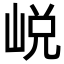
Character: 㟋